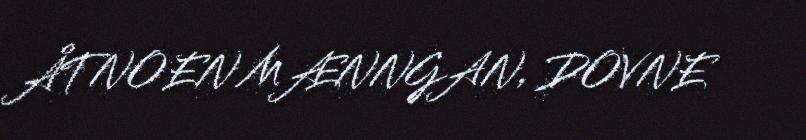
ÅTNOEN MÆNNGAN, DOVNE